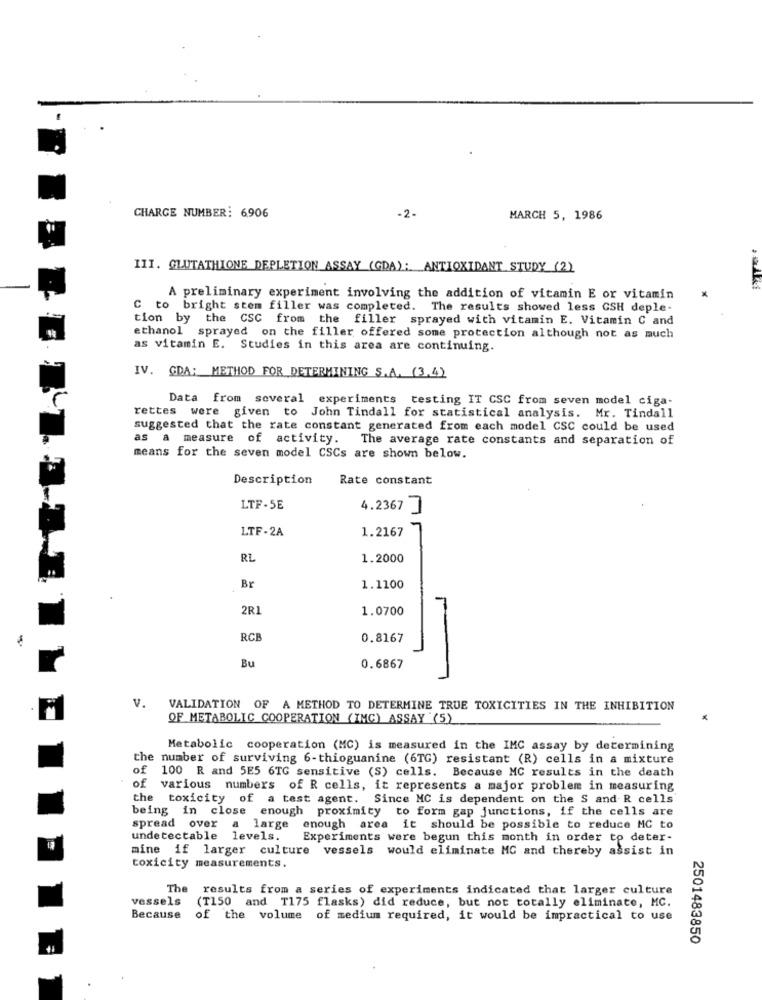
CHARGE NUMBER: 6906
-2-
MARCH 5, 1986
III. GLUTATHIONE DEPLETION ASSAY (GDA): ANTIOXIDANT STUDY (2)
A preliminary experiment involving the addition of vitamin E or vitamin
C to bright stem filler was completed. The results showed less GSH deple-
tion by the CSC from the filler sprayed with vitamin E. Vitamin C and
ethanol sprayed on the filler offered some protection although not as much
as vitamin E. Studies in this area are continuing.
IV. GDA: METHOD FOR DETERMINING S.A. (3.4)
Data from several experiments testing IT CSC from seven model ciga-
rettes were given to John Tindall for statistical analysis. Mr. Tindall
suggested that the rate constant generated from each model CSC could be used
s a measure of activity.
The average rate constants and separation of
means for the seven model CSCs are shown below.
Description
Rate constant
LTF-5E
4.2367 ]
LTF-2A
1.2167
-
RL
1.2000
Br
1.1100
2R1
1.0700
RCB
0.8167
Bu
0.6867
V.
VALIDATION OF A METHOD TO DETERMINE TRUE TOXICITIES IN THE INHIBITION
OF METABOLIC COOPERATION (IMC) ASSAY (5)
Metabolic cooperation (MC) is measured in the IMC assay by determining
the number of surviving 6-thioguanine (6TG) resistant (R) cells in a mixture
of 100 R and 5E5 6TG sensitive (S) cells. Because MC results in the death
of various numbers of R cells, it represents a major problem in measuring
the toxicity of a test agent. Since MC is dependent on the S and R cells
being in close enough proximity to form gap junctions, if the cells are
spread over a large enough area it should be possible to reduce MC to
undetectable levels.
Experiments were begun this month in order to deter-
mine if larger culture vessels would eliminate MG and thereby assist in
toxicity measurements.
The results from a series of experiments indicated that larger culture
vessels
(T150 and T175 flasks) did reduce, but not totally eliminate, MC.
Because
of the volume of medium required, it would be impractical to use
2501483850